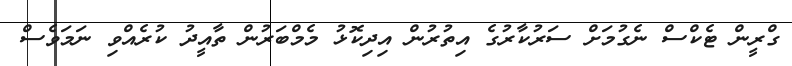
ގްރީން ޓެކްސް ނެގުމަށް ސަރުކާރުގެ އިތުރުން އިދިކޮޅު މެމްބަރުން ތާއީދު ކުރެއްވި ނަމަވެސް